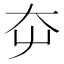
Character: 𡗡